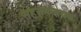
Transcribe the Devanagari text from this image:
सहसमन्वयक